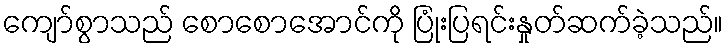
ကျော်စွာသည် စောစောအောင်ကို ပြုံးပြရင်းနှုတ်ဆက်ခဲ့သည်။